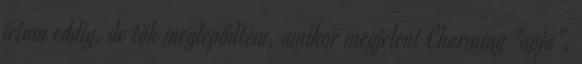
írtam eddig, de tök meglepődtem, amikor megjelent Charming “apja”.